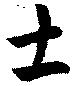
土